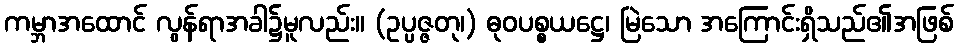
ကမ္ဘာအထောင် လွန်ရာအခါ၌မူလည်း။ (ဥပ္ပဇ္ဇတု၊) ဓုဝပစ္စယဋ္ဌေ၊ မြဲသော အကြောင်းရှိသည်၏အဖြစ်